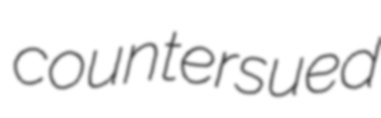
countersued